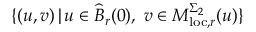
\{ ( u , v ) \, | \, u \in \widehat { B } _ { r } ( 0 ) , \; v \in M _ { \mathrm { l o c } , r } ^ { \Sigma _ { 2 } } ( u ) \}